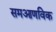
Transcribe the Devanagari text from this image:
समआणविक